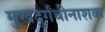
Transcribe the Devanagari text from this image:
मुखदुर्गंधीनाशक